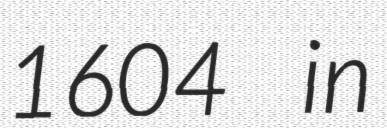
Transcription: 1604 in